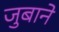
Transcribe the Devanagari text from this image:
जुबाने